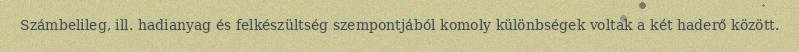
Számbelileg, ill. hadianyag és felkészültség szempontjából komoly különbségek voltak a két haderő között.